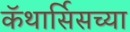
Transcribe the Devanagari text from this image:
कॅथार्सिसच्या